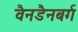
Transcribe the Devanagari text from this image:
वैनडैनबर्ग